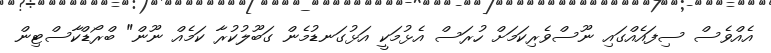
އެއްވެސް ސިފައެއްގައި ނޫސްވެރިކަމަށް ހުރަސް އެޅުމަކީ އަޅުގަނޑުމެން ގަބޫލުކުރާ ކަމެއް ނޫން" ބްރޯޑްކާސްޓިން